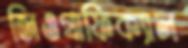
জিওগ্রাফিক্যাল